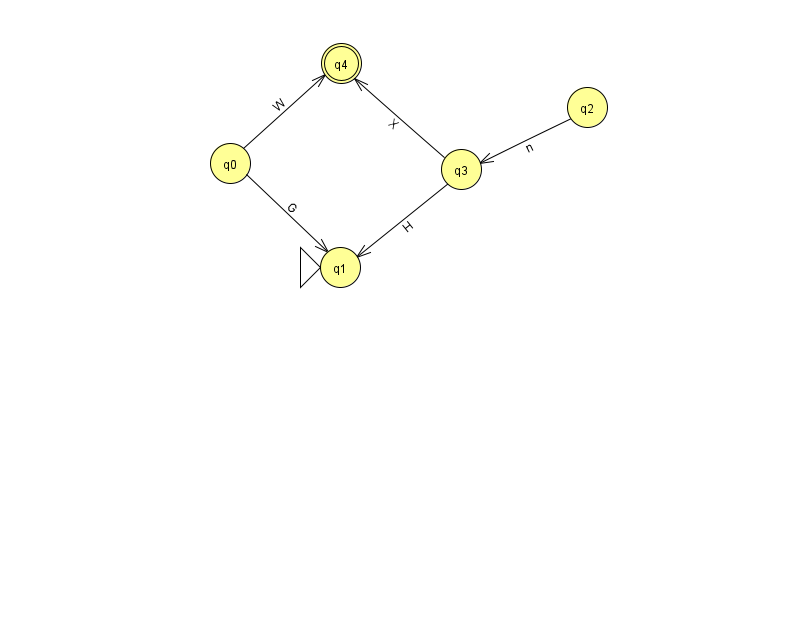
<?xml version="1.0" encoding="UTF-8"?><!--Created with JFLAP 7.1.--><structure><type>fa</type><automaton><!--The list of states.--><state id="0" name="q0"><x>230.0</x><y>150.0</y></state><state id="1" name="q1"><x>340.0</x><y>254.0</y><initial/></state><state id="2" name="q2"><x>587.0</x><y>94.0</y></state><state id="3" name="q3"><x>461.0</x><y>156.0</y></state><state id="4" name="q4"><x>341.0</x><y>50.0</y><final/></state><!--The list of transitions.--><transition><from>0</from><to>4</to><read>W</read></transition><transition><from>3</from><to>4</to><read>X</read></transition><transition><from>0</from><to>1</to><read>G</read></transition><transition><from>3</from><to>1</to><read>H</read></transition><transition><from>2</from><to>3</to><read>n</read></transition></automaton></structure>